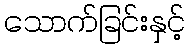
သောက်ခြင်းနှင့်